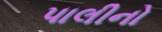
પાલીનો